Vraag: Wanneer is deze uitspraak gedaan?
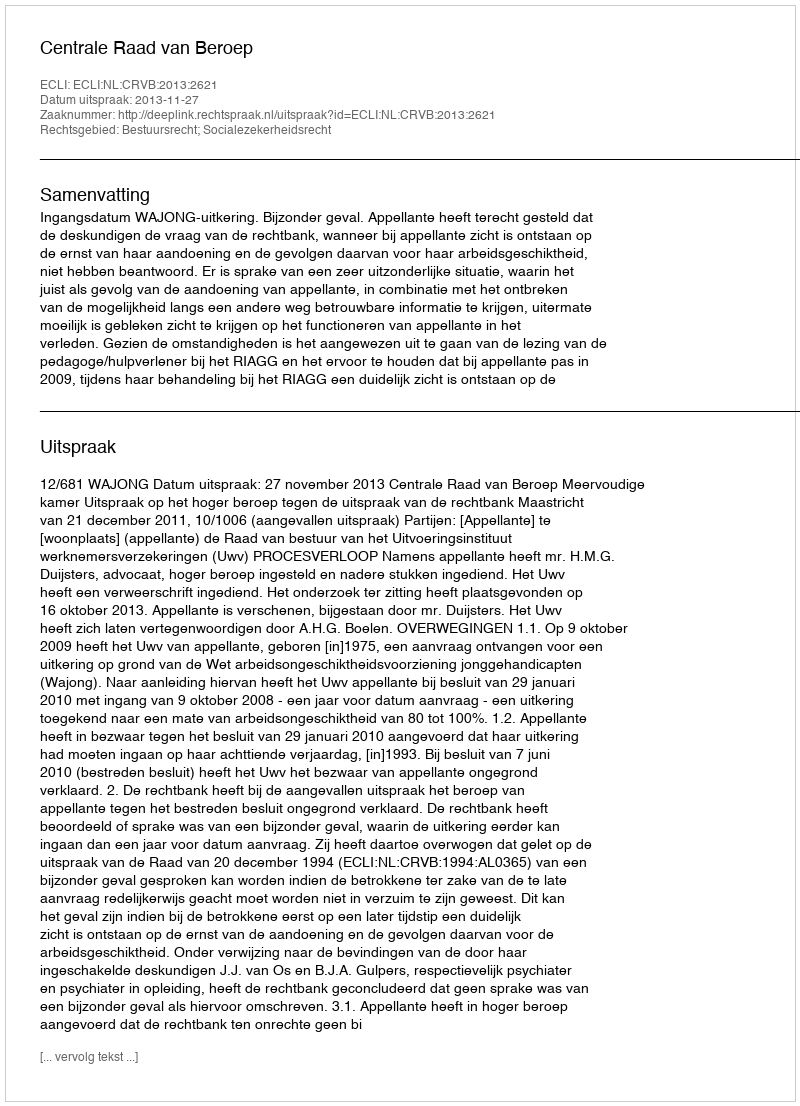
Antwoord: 2013-11-27